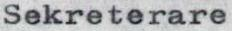
Sekreterare